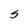
Character: S